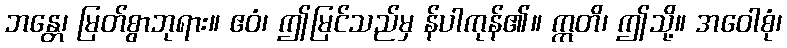
ဘန္တေ၊ မြတ်စွာဘုရား။ ဧဝံ၊ ဤမြင်သည်မှ န်ပါကုန်၏။ ဣတိ၊ ဤသို့။ အဝေါစုံ၊